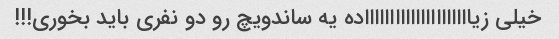
خیلی زیاااااااااااااااااااااده یه ساندویچ رو دو نفری باید بخوری!!!